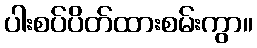
ပါးစပ်ပိတ်ထားစမ်းကွာ။